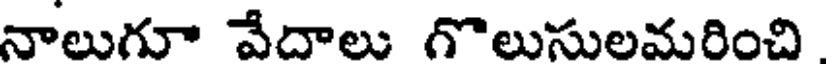
నాలుగూ వేదాలు గొలుసులమరించి